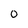
Character: 0